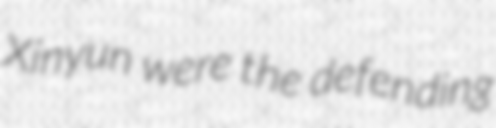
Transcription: Xinyun were the defending